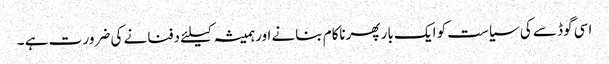
اسی گوڈ سے کی سیاست کو ایک بار پھرناکام بنانے اور ہمیشہ کیلئے دفنانے کی ضرور ت ہے ۔